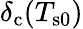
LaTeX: \delta_{\mathrm{c}}(T_{\mathrm{s0}})